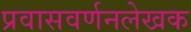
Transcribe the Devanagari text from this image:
प्रवासवर्णनलेखक